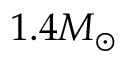
1 . 4 M _ { \odot }